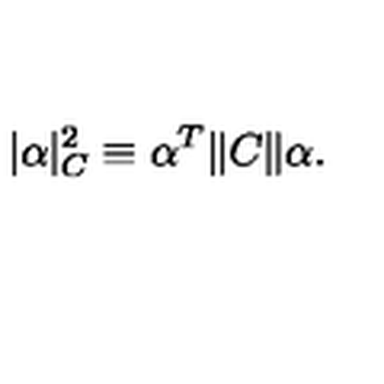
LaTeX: | \alpha | _ { C } ^ { 2 } \equiv \alpha ^ { T } \| C \| \alpha .